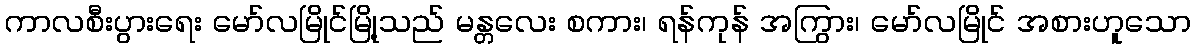
ကာလစီးပွားရေး မော်လမြိုင်မြို့သည် မန္တလေး စကား၊ ရန်ကုန် အကြွား၊ မော်လမြိုင် အစားဟူသော